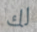
لك